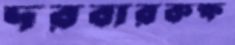
দরবারকক্ষ